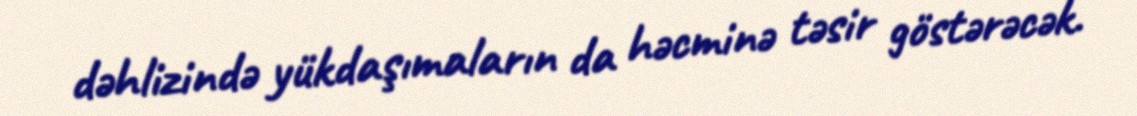
dəhlizində yükdaşımaların da həcminə təsir göstərəcək.